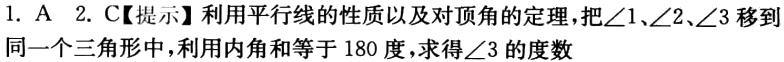
1. A 2. C【提示】利用平行线的性质以及对顶角的定理，把\(\angle1\)、\(\angle2\)、\(\angle3\)移到同一个三角形中，利用内角和等于180度，求得\(\angle3\)的度数